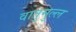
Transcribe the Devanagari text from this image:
वातुमुल्ल